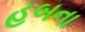
હબના